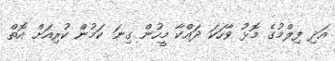
އަދި ފިލްމުގެ މޮޅު ވާހަކަ ދައްކާ މީހުން ގިނަ ކަމުން ކުރިއަށް އޮތް